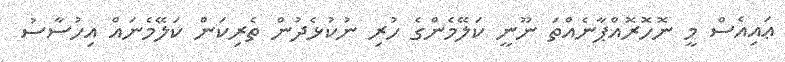
ޢައިއެސް މީ ނޮހޮރޮއްޕާނެއްތަ ނޫނީ ކަލޭމެންގެ ހުރި ނުކުޅެދުން ތެރިކަން ކަލޭމެނައް އިހުސާސު